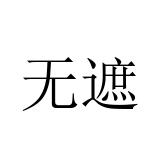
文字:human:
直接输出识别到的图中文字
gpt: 无遮